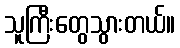
သူကြီးတွေသွားတယ်။